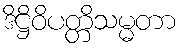
ဒိဋ္ဌိဝိပတ္တိသမ္မတာ